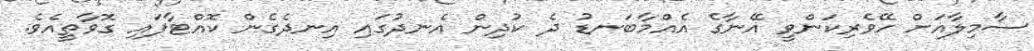
ސާމިލާއަށް ހޭވެރިކަންވީ އޭނާގެ އެއްމާބަނޑު ދެ ކުދިން އެނދުގައި އިނދެގެން ކޮއްޓާފައި ގޮވާތީއެވެ.